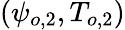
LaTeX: (\psi_{o,2},T_{o,2})